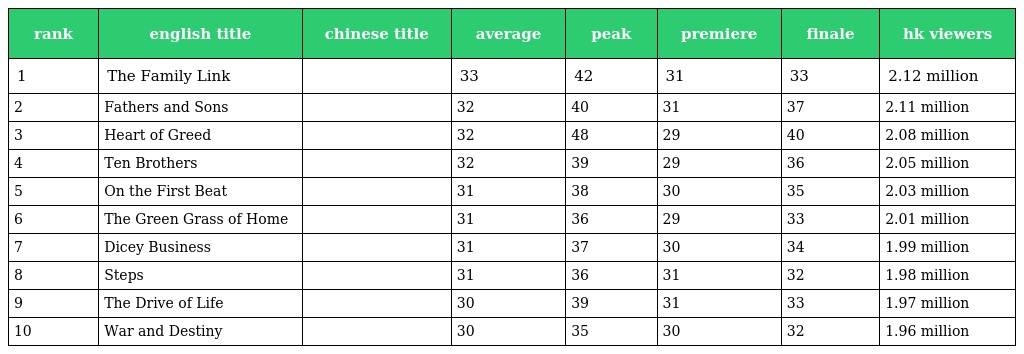
| rank | english title | chinese title | average | peak | premiere | finale | hk viewers |
 | --- | --- | --- | --- | --- | --- | --- | --- |
 | 1 | The Family Link | 師奶兵團 | 33 | 42 | 31 | 33 | 2.12 million |
 | 2 | Fathers and Sons | 爸爸閉翳 | 32 | 40 | 31 | 37 | 2.11 million |
 | 3 | Heart of Greed | 溏心風暴 | 32 | 48 | 29 | 40 | 2.08 million |
 | 4 | Ten Brothers | 十兄弟 | 32 | 39 | 29 | 36 | 2.05 million |
 | 5 | On the First Beat | 學警出更 | 31 | 38 | 30 | 35 | 2.03 million |
 | 6 | The Green Grass of Home | 緣來自有機 | 31 | 36 | 29 | 33 | 2.01 million |
 | 7 | Dicey Business | 賭場風雲 | 31 | 37 | 30 | 34 | 1.99 million |
 | 8 | Steps | 舞動全城 | 31 | 36 | 31 | 32 | 1.98 million |
 | 9 | The Drive of Life | 歲月風雲 | 30 | 39 | 31 | 33 | 1.97 million |
 | 10 | War and Destiny | 乱世佳人 | 30 | 35 | 30 | 32 | 1.96 million |